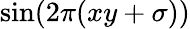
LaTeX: \sin(2\pi(xy+\sigma))